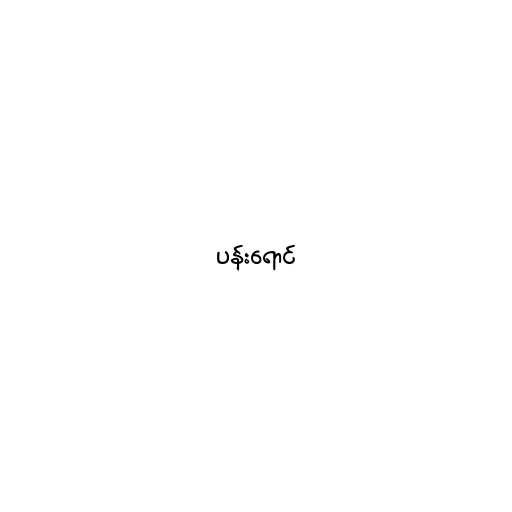
ပန်းရောင်